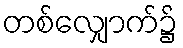
တစ်လျှောက်၌